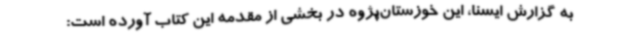
به گزارش ایسنا، این خوزستان‌پژوه در بخشی از مقدمه این کتاب آورده است: